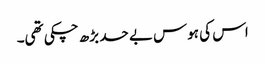
اس کی ہوس بے حد بڑھ چکی تھی۔